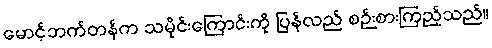
မောင့်ဘက်တန်က သမိုင်းကြောင်းကို ပြန်လည် စဉ်းစားကြည့်သည်။